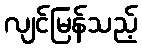
လျင်မြန်သည့်